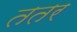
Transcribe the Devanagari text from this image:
ततर